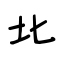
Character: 北